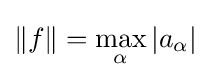
\|f\|=\max _{\alpha }|a_{\alpha }|